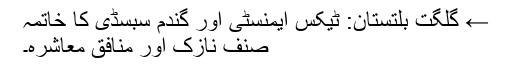
← گلگت بلتستان: ٹیکس ایمنسٹی اور گندم سبسڈی کا خاتمہ
صنفِ نازک اور منافِق معاشرہ۔